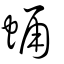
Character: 蛹